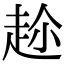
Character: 𮚶